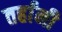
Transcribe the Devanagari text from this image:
तर्हांनी